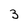
Character: 3